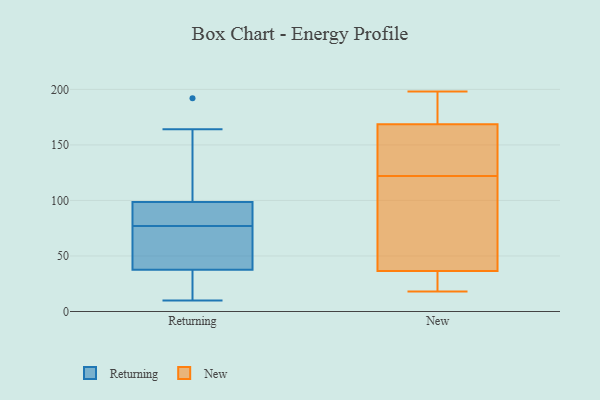
{"axis": {"x": "Temperature (°C)", "y": "Value"}, "legend": ["New", "Returning"], "data": [{"x": "", "y": 164, "type": "Returning"}, {"x": "", "y": 76, "type": "Returning"}, {"x": "", "y": 12, "type": "Returning"}, {"x": "", "y": 100, "type": "Returning"}, {"x": "", "y": 77, "type": "Returning"}, {"x": "", "y": 10, "type": "Returning"}, {"x": "", "y": 97, "type": "Returning"}, {"x": "", "y": 42, "type": "Returning"}, {"x": "", "y": 83, "type": "Returning"}, {"x": "", "y": 77, "type": "Returning"}, {"x": "", "y": 82, "type": "Returning"}, {"x": "", "y": 75, "type": "Returning"}, {"x": "", "y": 17, "type": "Returning"}, {"x": "", "y": 192, "type": "Returning"}, {"x": "", "y": 33, "type": "Returning"}, {"x": "", "y": 164, "type": "Returning"}, {"x": "", "y": 150, "type": "New"}, {"x": "", "y": 41, "type": "New"}, {"x": "", "y": 198, "type": "New"}, {"x": "", "y": 155, "type": "New"}, {"x": "", "y": 30, "type": "New"}, {"x": "", "y": 54, "type": "New"}, {"x": "", "y": 173, "type": "New"}, {"x": "", "y": 136, "type": "New"}, {"x": "", "y": 35, "type": "New"}, {"x": "", "y": 122, "type": "New"}, {"x": "", "y": 175, "type": "New"}, {"x": "", "y": 45, "type": "New"}, {"x": "", "y": 180, "type": "New"}, {"x": "", "y": 25, "type": "New"}, {"x": "", "y": 18, "type": "New"}]}